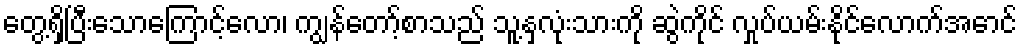
တွေ့ရှိပြီးသောကြောင့်လော၊ ကျွန်တော့်စာသည် သူ့နှလုံးသားကို ဆွဲကိုင် လှုပ်ယမ်းနိုင်လောက်အောင်